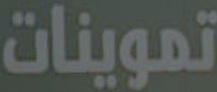
تموينات